Vaccine operations Central Provinces 1886-1899 - 1886-1899
Year: 1886
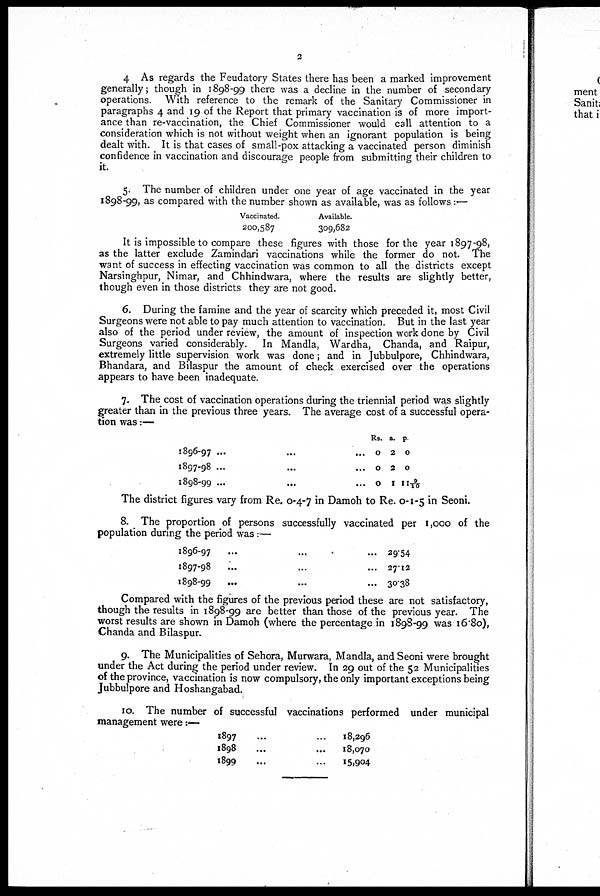
2
4 As regards the Feudatory States there has been a marked improvement
generally; though in 1898-99 there was a decline in the number of secondary
operations. With reference to the remark of the Sanitary Commissioner in
paragraphs 4 and 19 of the Report that primary vaccination is of more import-
ance than re-vaccination, the Chief Commissioner would call attention to a
consideration which is not without weight when an ignorant population is being
dealt with. It is that cases of small-pox attacking a vaccinated person diminish
confidence in vaccination and discourage people from submitting their children to
it.
5. The number of children under one year of age vaccinated in the year
1898-99, as compared with the number shown as available, was as follows:—
Vaccinated.
200,587
Available.
309,682
It is impossible to compare these figures with those for the year 1897-98,
as the latter exclude Zamindari vaccinations while the former do not. The
want of success in effecting vaccination was common to all the districts except
Narsinghpur, Nimar, and Chhindwara, where the results are slightly better,
though even in those districts they are not good.
6. During the famine and the year of scarcity which preceded it, most Civil
Surgeons were not able to pay much attention to vaccination. But in the last year
also of the period under review, the amount of inspection work done by Civil
Surgeons varied considerably. In Mandla, Wardha, Chanda, and Raipur,
extremely little supervision work was done; and in Jubbulpore, Chhindwara,
Bhandara, and Bilaspur the amount of check exercised over the operations
appears to have been inadequate.
7. The cost of vaccination operations during the triennial period was slightly
greater than in the previous three years. The average cost of a successful opera-
tion was:—
1896-97
...
...
...
1897-98 ... ... ...
1898-99 ... ... ...
Rs.
0
0
0
a.
2
2
1
p
0
0
11 9/10
The district figures vary from Re. 0-4-7 in Damoh to Re. 0-1-5 in Seoni.
8. The proportion of persons successfully vaccinated per 1,000 of the
population during the period was:—
1896-97 ... ... ...
1897-98 ... ... ...
1898-99
...
...
...
29.54
27.12
30.38
Compared with the figures of the previous period these are not satisfactory,
though the results in 1898-99 are better than those of the previous year. The
worst results are shown in Damoh (where the percentage in 1898-99 was 16.80),
Chanda and Bilaspur.
9. The Municipalities of Sehora, Murwara, Mandla, and Seoni were brought
under the Act during the period under review. In 29 out of the 52 Municipalities
of the province, vaccination is now compulsory, the only important exceptions being
Jubbulpore and Hoshangabad.
10. The number of successful vaccinations performed under municipal
management were:—
1897... ...
1898... ...
1899... ...
18,296
18,070
15,904